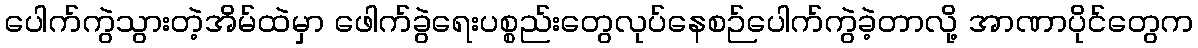
ပေါက်ကွဲသွားတဲ့အိမ်ထဲမှာ ဖေါက်ခွဲရေးပစ္စည်းတွေလုပ်နေစဉ်ပေါက်ကွဲခဲ့တာလို့ အာဏာပိုင်တွေက